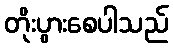
တိုးပွားစေပါသည်